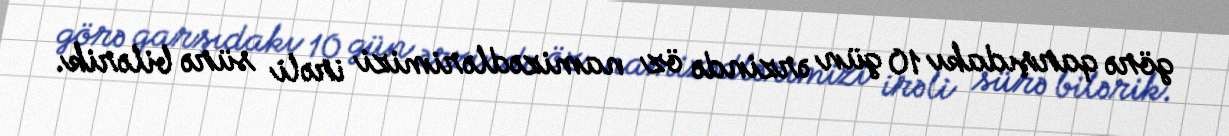
görə qarşıdakı 10 gün ərzində öz namizədlərimizi irəli sürə bilərik.